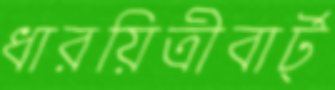
ধারয়িত্রীবার্ট্